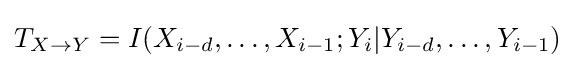
T_{X\to Y}=I(X_{i-d},\dots ,X_{i-1};Y_{i}|Y_{i-d},\dots ,Y_{i-1})